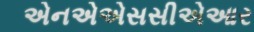
એનએએસસીએઆર